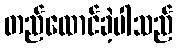
တည်ထောင်ခဲ့ပါသည်